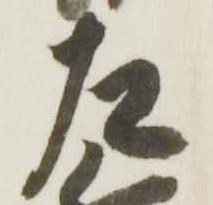
左